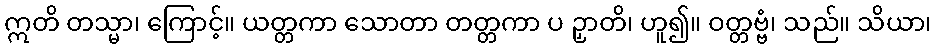
ဣတိ တသ္မာ၊ ကြောင့်။ ယတ္တကာ သောတာ တတ္တကာ ပ ဉှာတိ၊ ဟူ၍။ ဝတ္တဗ္ဗံ၊ သည်။ သိယာ၊